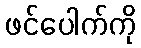
ဖင်ပေါက်ကို